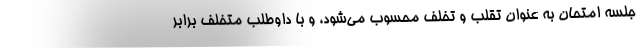
جلسه امتحان به عنوان تقلب و تخلف محسوب می‌شود، و با داوطلب متخلف برابر